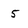
Character: 5